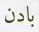
بادن